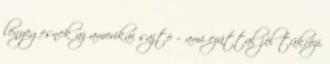
lényegesnek az amerikai sajtó – ami ezúttal jól tükrözi